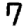
Digit: 7